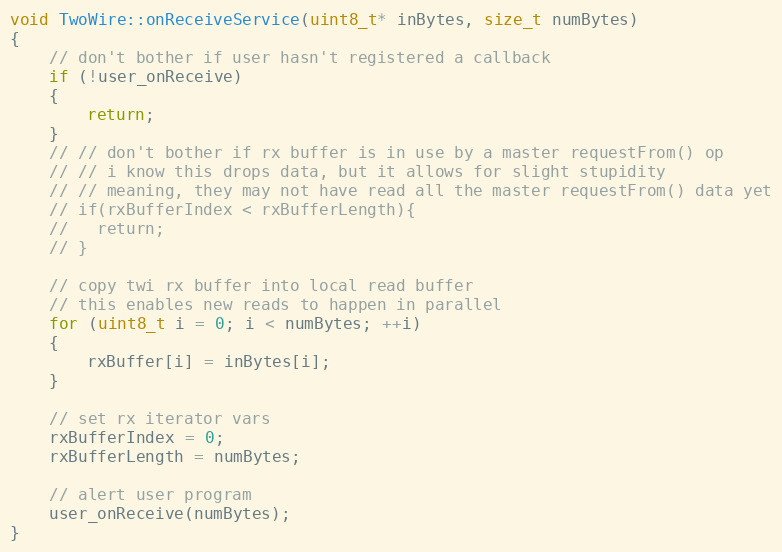
Language: C++
void TwoWire::onReceiveService(uint8_t* inBytes, size_t numBytes)
{
    // don't bother if user hasn't registered a callback
    if (!user_onReceive)
    {
        return;
    }
    // // don't bother if rx buffer is in use by a master requestFrom() op
    // // i know this drops data, but it allows for slight stupidity
    // // meaning, they may not have read all the master requestFrom() data yet
    // if(rxBufferIndex < rxBufferLength){
    //   return;
    // }

    // copy twi rx buffer into local read buffer
    // this enables new reads to happen in parallel
    for (uint8_t i = 0; i < numBytes; ++i)
    {
        rxBuffer[i] = inBytes[i];
    }

    // set rx iterator vars
    rxBufferIndex = 0;
    rxBufferLength = numBytes;

    // alert user program
    user_onReceive(numBytes);
}